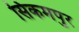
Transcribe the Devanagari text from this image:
सिकमपुर